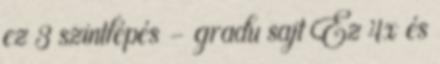
ez 3 szintlépés - gradu sajt Ez 4x és